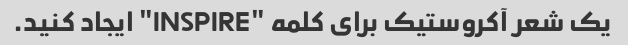
یک شعر آکروستیک برای کلمه "INSPIRE" ایجاد کنید.